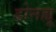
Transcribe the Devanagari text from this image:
डोनह्यू